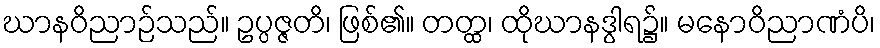
ဃာနဝိညာဉ်သည်။ ဥပ္ပဇ္ဇတိ၊ ဖြစ်၏။ တတ္ထ၊ ထိုဃာနဒွါရ၌။ မနောဝိညာဏံပိ၊